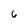
Character: 6